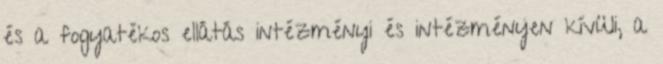
és a fogyatékos ellátás intézményi és intézményen kívüli, a